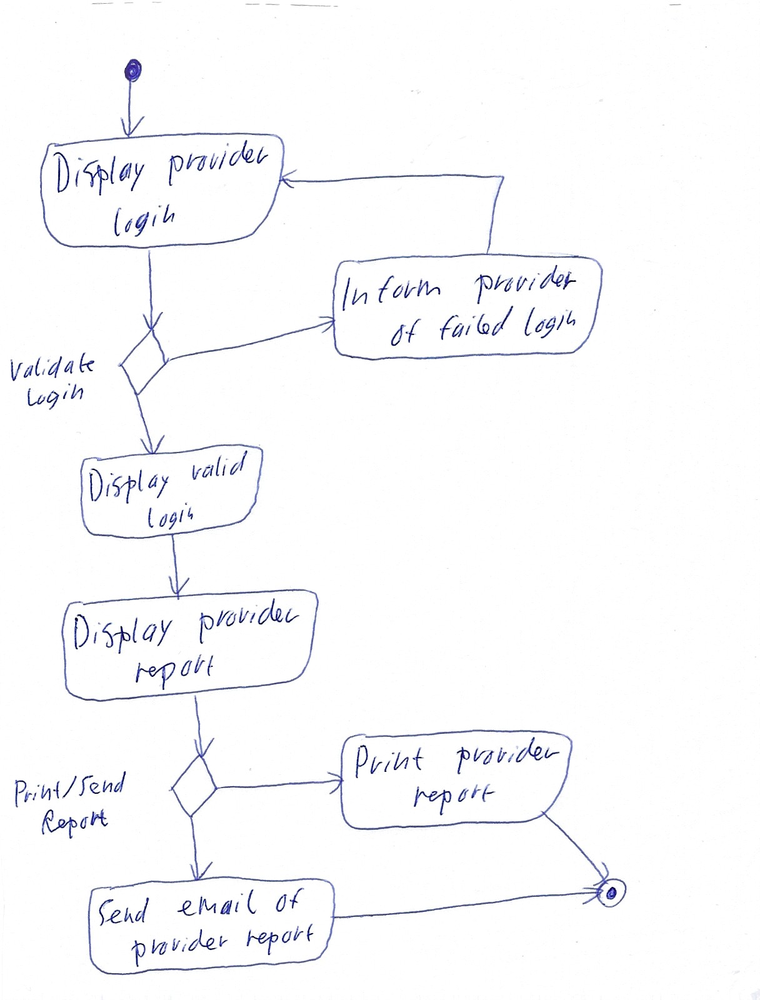
Diagram type: activity_diagram
```plantuml
@startuml

start

repeat:Display provider login;
backward:Inform provider of failed login;
repeat while (Validate Login)

:Display valid login;

:Display provider report;

if (Print/Send Report)
  :Send email of provider report;
else
  :Print provider report;
endif

stop

@enduml
```